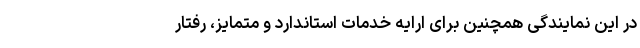
در این نمایندگی همچنین برای ارایه خدمات استاندارد و متمایز، رفتار